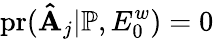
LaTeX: \mathrm{pr}(\mathbf{\hat{A}}_{j}|\mathbb{P},E_{0}^{w})=0